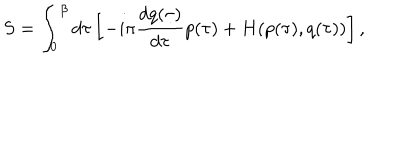
S = \int _ { 0 } ^ { \beta } d \tau \left[ - i \pi \frac { d q ( \tau ) } { d \tau } p ( \tau ) + H ( p ( \tau ) , q ( \tau ) ) \right] ,